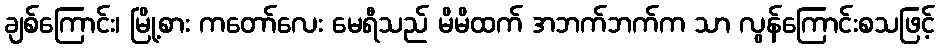
ချစ်ကြောင်း၊ မြို့စား ကတော်လေး မေရီသည် မိမိထက် အဘက်ဘက်က သာ လွန်ကြောင်းစသဖြင့်